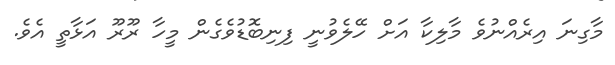
މާގިނަ އިރެއްނުވެ މާލިކާ އަށް ހޭލެވުނީ ފިނިބޮޑުވެގެން މީހާ ރޫރޫ އަޅާތީ އެވެ.